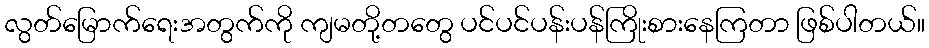
လွတ်မြောက်ရေးအတွက်ကို ကျမတို့တတွေ ပင်ပင်ပန်းပန်ကြိုးစားနေကြတာ ဖြစ်ပါတယ်။